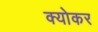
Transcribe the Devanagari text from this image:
क्योकर